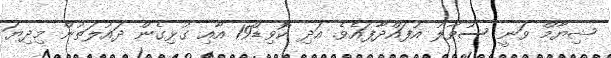
ޝިޔާމް ވަނީ ސުވާލު އުފައްދާފައެވެ. އަދި ކޮވިޑް19 އާއި ގުޅިގެން ދައުލަތުން މިދިޔަ